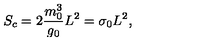
S _ { c } = 2 \frac { m _ { 0 } ^ { 3 } } { g _ { 0 } } L ^ { 2 } = \sigma _ { 0 } L ^ { 2 } ,